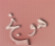
هونج